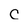
Character: C